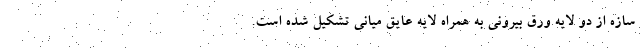
سازه از دو لایه ورق بیرونی به همراه لایه عایق میانی تشکیل شده است.